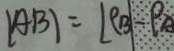
\vert A B \vert = [ \rho _ { B } \vert - \rho _ { A }